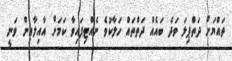
ތައްޔަށް ދަތްޕިލަ ވަދެ ބައެއް ދަތްތައް ހަލާކުވެ ނެއްޓިފައިވާ ކަމަށް އާއިލާއިން ވަނީ